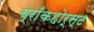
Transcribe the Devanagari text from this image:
ब्राँकहोर्स्ट